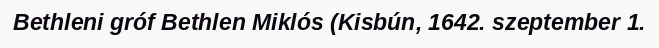
Bethleni gróf Bethlen Miklós (Kisbún, 1642. szeptember 1.